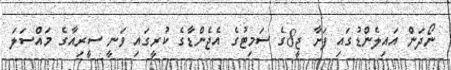
ނޯދަން އައިލެންޑުގައި ފަށާ ޖީ8ގެ ސަމިޓުގެ އެޖެންޑާގެ ކުރީގައި ވަނީ ސީރިއާގެ މައްސަލަ